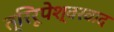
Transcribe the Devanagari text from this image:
त्रिरूपेश्वरवाद